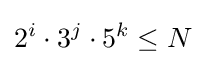
2^{i}\cdot 3^{j}\cdot 5^{k}\leq N